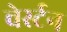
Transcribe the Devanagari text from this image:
वेर्स्‍टन